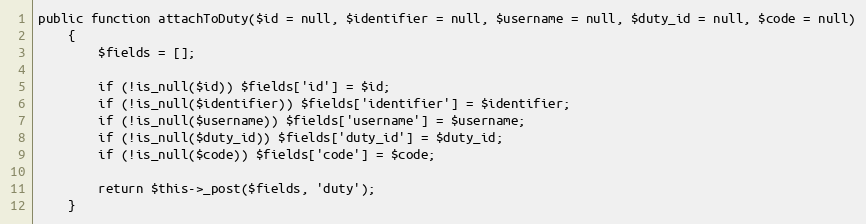
Language: PHP
public function attachToDuty($id = null, $identifier = null, $username = null, $duty_id = null, $code = null)
    {
        $fields = [];

        if (!is_null($id)) $fields['id'] = $id;
        if (!is_null($identifier)) $fields['identifier'] = $identifier;
        if (!is_null($username)) $fields['username'] = $username;
        if (!is_null($duty_id)) $fields['duty_id'] = $duty_id;
        if (!is_null($code)) $fields['code'] = $code;

        return $this->_post($fields, 'duty');
    }